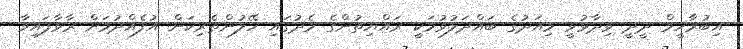
އިބުރާހީމް ދީދީ ވިދާޅުވީ މިއަދުގެ ބައްދަލުވުމަކީ ރައްޔިތުންގެ މެދުގައި ހޭލުންތެރިކަން އުފެއްދުމަށް ރާވާފައިވާ